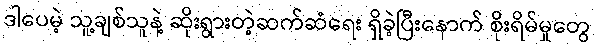
ဒါပေမဲ့ သူ့ချစ်သူနဲ့ ဆိုးရွားတဲ့ဆက်ဆံရေး ရှိခဲ့ပြီးနောက် စိုးရိမ်မှုတွေ